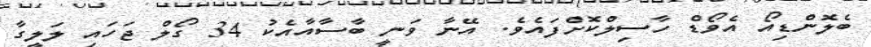
ބެލޮންޑިއޯ އެވޯޑް ހާސިލްކޮށްފައެވެ. އޭނާ ވަނީ ބާސާއާއެކު 34 ގޯލް ޖަހައި ލަލީގާ